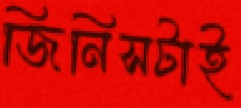
জিনিসটাই